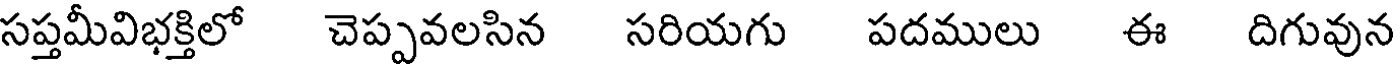
సప్తమీవిభక్తిలో చెప్పవలసిన సరియగు పదములు ఈ దిగువున